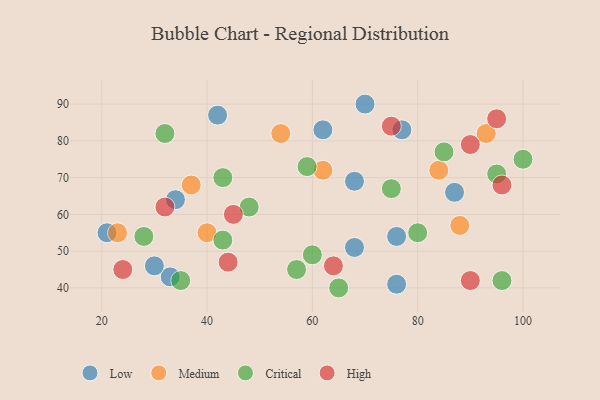
{"axis": {"x": "GDP", "y": "Life Expectancy"}, "legend": ["Critical", "High", "Low", "Medium"], "data": [{"x": "62", "y": 83, "type": "Low"}, {"x": "76", "y": 41, "type": "Low"}, {"x": "76", "y": 54, "type": "Low"}, {"x": "21", "y": 55, "type": "Low"}, {"x": "33", "y": 43, "type": "Low"}, {"x": "68", "y": 69, "type": "Low"}, {"x": "30", "y": 46, "type": "Low"}, {"x": "77", "y": 83, "type": "Low"}, {"x": "87", "y": 66, "type": "Low"}, {"x": "68", "y": 51, "type": "Low"}, {"x": "34", "y": 64, "type": "Low"}, {"x": "70", "y": 90, "type": "Low"}, {"x": "42", "y": 87, "type": "Low"}, {"x": "40", "y": 55, "type": "Medium"}, {"x": "93", "y": 82, "type": "Medium"}, {"x": "62", "y": 72, "type": "Medium"}, {"x": "84", "y": 72, "type": "Medium"}, {"x": "88", "y": 57, "type": "Medium"}, {"x": "54", "y": 82, "type": "Medium"}, {"x": "23", "y": 55, "type": "Medium"}, {"x": "37", "y": 68, "type": "Medium"}, {"x": "65", "y": 40, "type": "Critical"}, {"x": "35", "y": 42, "type": "Critical"}, {"x": "95", "y": 71, "type": "Critical"}, {"x": "100", "y": 75, "type": "Critical"}, {"x": "57", "y": 45, "type": "Critical"}, {"x": "80", "y": 55, "type": "Critical"}, {"x": "48", "y": 62, "type": "Critical"}, {"x": "59", "y": 73, "type": "Critical"}, {"x": "85", "y": 77, "type": "Critical"}, {"x": "43", "y": 70, "type": "Critical"}, {"x": "28", "y": 54, "type": "Critical"}, {"x": "96", "y": 42, "type": "Critical"}, {"x": "75", "y": 67, "type": "Critical"}, {"x": "60", "y": 49, "type": "Critical"}, {"x": "32", "y": 82, "type": "Critical"}, {"x": "43", "y": 53, "type": "Critical"}, {"x": "45", "y": 60, "type": "High"}, {"x": "64", "y": 46, "type": "High"}, {"x": "96", "y": 68, "type": "High"}, {"x": "95", "y": 86, "type": "High"}, {"x": "32", "y": 62, "type": "High"}, {"x": "75", "y": 84, "type": "High"}, {"x": "90", "y": 42, "type": "High"}, {"x": "24", "y": 45, "type": "High"}, {"x": "90", "y": 79, "type": "High"}, {"x": "44", "y": 47, "type": "High"}]}